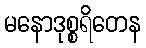
မနောဒုစ္စရိတေန